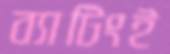
ব্যাটিংই